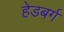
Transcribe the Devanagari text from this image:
हेडबर्ग